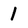
Character: 1